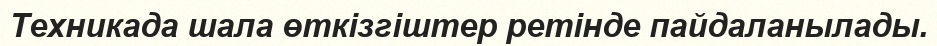
Техникада шала өткізгіштер ретінде пайдаланылады.